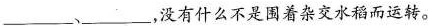
___，___,没有什么不是围着杂交水稻而运转。